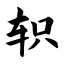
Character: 轵